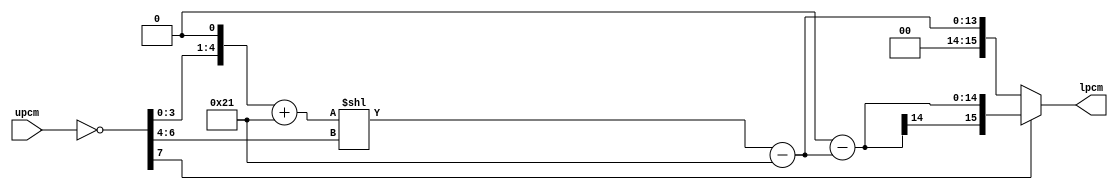

module ulaw_lin_conv (
    upcm,
    lpcm
    ) ;
 
/*
 *
 *  @(#) ulaw_lin_conv.v 15.2@(#)
 *  4/8/23  11:29:01
 *
 */

/*
 *
 * Expand u-Law compressed pulse-code-modulation (PCM)
 * data per CCITT G.711
 *
 *          Trysl Tech
 *         
 *
 */

    output [15:0] lpcm ;                // linear pcm output
    input [7:0] upcm ;                  // u-law compressed pcm input
 
    wire [7:0] upcm ;                   // u-law compressed pcm input
    wire [7:0] inv_upcm = ~upcm ;       // u-law compressed pcm input, inverted
    wire [15:0] lpcm ;                  // computed linear pcm
    wire [13:0] SS ;                    // "un-signed" sample

    wire sign = inv_upcm[7] ;           // sample sign
    wire [2:0] seg = inv_upcm[6:4] ;    // sample normalized segment
    wire [3:0] mag = inv_upcm[3:0] ;    // sample normalized magnitude
 
    assign SS = (((mag<<1) + 33) << seg) - 33 ;

    assign lpcm = sign  ? (17'h10000 - SS) : SS ;

endmodule // ulaw_lin_conv